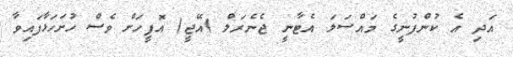
އަދި އެ ކުންފުނީގެ މައްސަލަ އެޓާނީ ޖެނެރަލް )އޭޖީ( އޮފީހަށް ވެސް ހުށަހަޅާފައިވާ